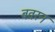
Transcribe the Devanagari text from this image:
बतरन